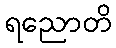
ရညောတိ